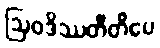
ဩဝဒိဿတီတိပေ